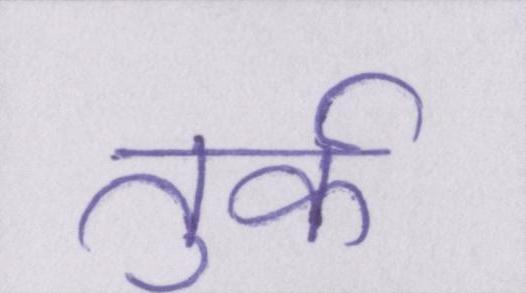
तुर्क